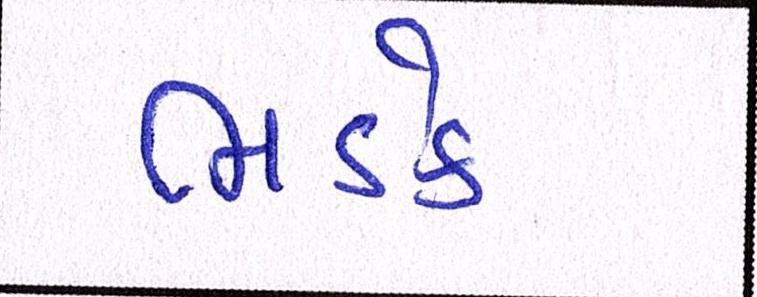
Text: ભડકે